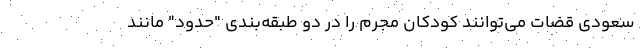
سعودی قضات می‌توانند کودکان مجرم را در دو طبقه‌بندی "حدود" مانند